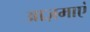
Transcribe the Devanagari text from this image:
आज़माएं